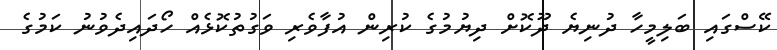
ކޭސްގައި ބަލިމީހާ ދުނިޔެ ދޫކޮށް ދިޔުމުގެ ކުރިން އުފާވެރި ވަގުތުކޮޅެއް ހޯދައިދެވުނު ކަމުގެ